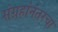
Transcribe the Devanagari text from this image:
संग्रहांनंतरचा